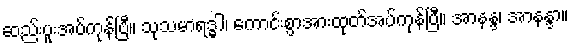
ဆည်းပူးအပ်ကုန်ပြီ။ သုသမာရဒ္ဓါ၊ ကောင်းစွာအားထုတ်အပ်ကုန်ပြီ။ အာနန္ဒ၊ အာနန္ဒာ။